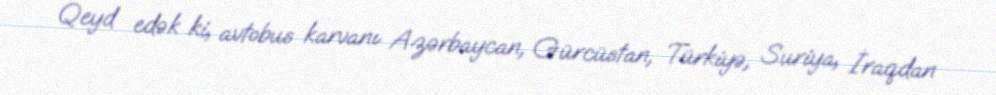
Qeyd edək ki, avtobus karvanı Azərbaycan, Gürcüstan, Türkiyə, Suriya, İraqdan